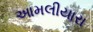
આમલીયારા